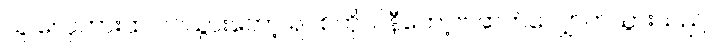
သူ လှေကားထဲ ဝင်သွားတော့ ရပ်စ်ကိုလ်နီကော့ဗ် ဆက်လျှောက်သွားသည်။